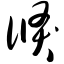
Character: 倏